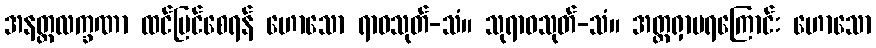
အနတ္တလက္ခဏာ ထင်မြင်စေရန် ဟောသော ရာဓသုတ်-သံ။ သုရာဓသုတ်-သံ။ အတ္တရှာမရကြောင်း ဟောသော